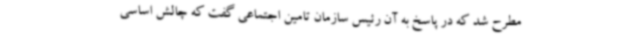
مطرح شد که در پاسخ به آن رئیس سازمان تامین اجتماعی گفت که چالش اساسی